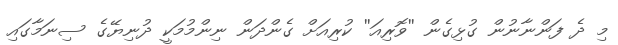
މި ދެ ފަންނާނުން ގުޅިގެން ''ވޮރިއަ'' ކުރިއަށް ގެންދަން ނިންމުމަކީ ދުނިޔޭގެ ސިނަމާގައި